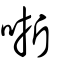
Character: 哳